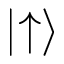
\mid \uparrow \rangle